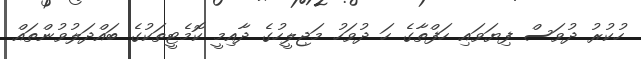
ހުކުރު ދުވަސް ފިޔަވައި ހަފްތާގެ ހަ ދުވަހު މަޖިލީހުގެ ދާއިމީ ކޮމެޓީތަކުގެ ބައްދަލުވުންތައް